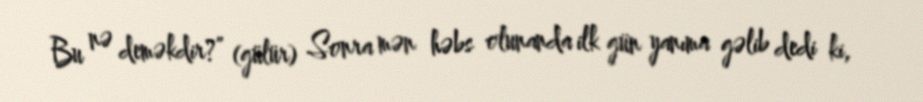
Bu nə deməkdir?” (gülür) Sonra mən həbs olunanda ilk gün yanıma gəlib dedi ki,